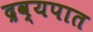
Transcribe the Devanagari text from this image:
द्रव्यपात